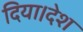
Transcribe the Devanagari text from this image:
दिया।देश